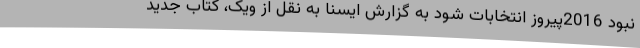
نبود 2016پیروز انتخابات شود به گزارش ایسنا به نقل از ویک، کتاب جدید